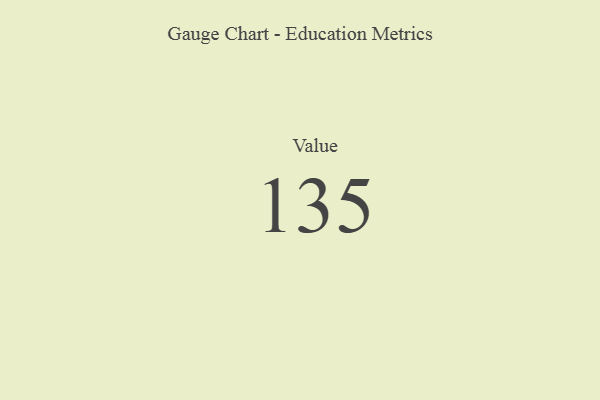
{"axis": {"x": "Metric", "y": "Value"}, "legend": [""], "data": [{"x": "Value", "y": 135, "type": ""}]}